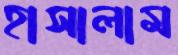
হাসালাম